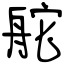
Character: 舵